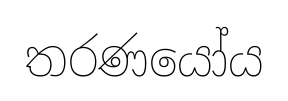
තරණයෝය